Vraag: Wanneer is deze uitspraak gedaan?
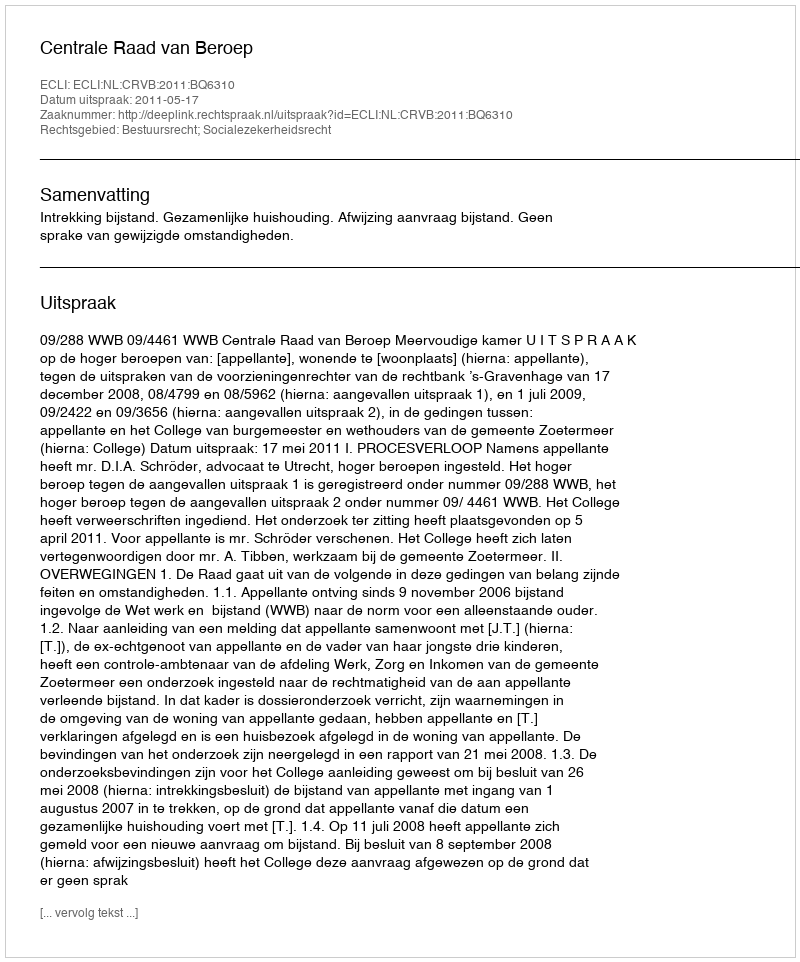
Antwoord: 2011-05-17